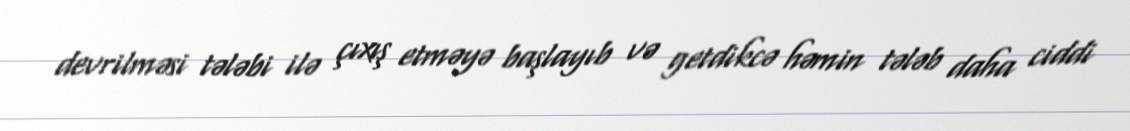
devrilməsi tələbi ilə çıxış etməyə başlayıb və getdikcə həmin tələb daha ciddi